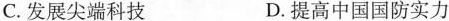
C.发展尖端科技 D.提高中国国防实力